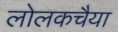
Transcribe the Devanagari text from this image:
लोलकचैया